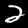
Label: 2